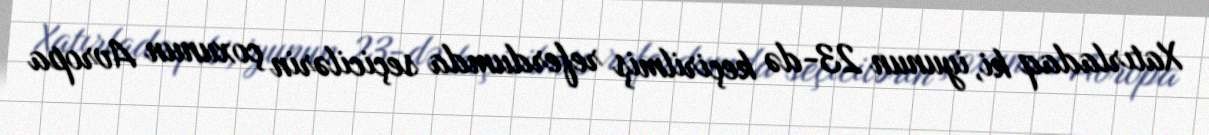
Xatırladaq ki, iyunun 23-də keçirilmiş referdumda seçicilərin çoxunun Avropa